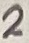
Text: 2